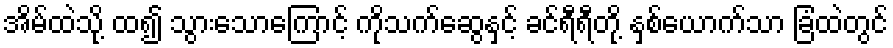
အိမ်ထဲသို့ ထ၍ သွားသောကြောင့် ကိုသက်ဆွေနှင့် ခင်ရီရီတို့ နှစ်ယောက်သာ ခြံထဲတွင်